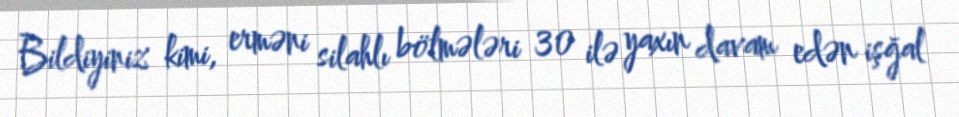
Bildiyiniz kimi, erməni silahlı bölmələri 30 ilə yaxın davam edən işğal